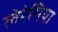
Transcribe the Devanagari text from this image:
लेरेमिया